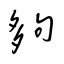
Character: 夠